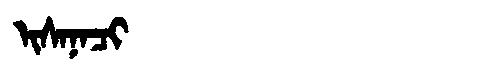
Manchu: ᡳᠰᠠᠨᠠᠴᡳ
Romanization: ISANACI